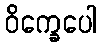
ဝိက္ခေပေါ